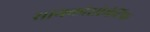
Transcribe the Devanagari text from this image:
सायकोसोमेटिक